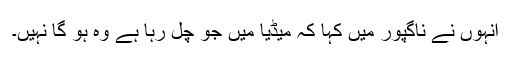
انہوں نے ناگپور میں کہا کہ میڈیا میں جو چل رہا ہے وہ ہو گا نہیں۔